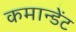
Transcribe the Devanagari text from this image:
कमान्डेंट